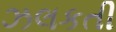
ઝલકતી